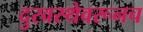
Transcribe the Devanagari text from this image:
दुरवस्थेवरूनच